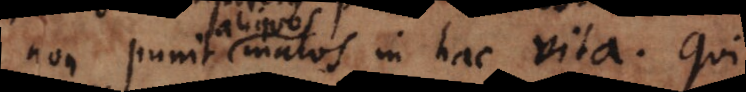
non punit malos in hac vita. Qui